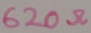
Text: 620Ω